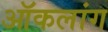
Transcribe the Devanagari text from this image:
ऑकलांग